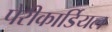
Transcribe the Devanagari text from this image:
पेरीकार्डियल